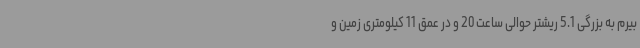
بیرم به بزرگی 5.1 ریشتر حوالی ساعت 20 و در عمق 11 کیلومتری زمین و